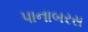
પાનાબરસ